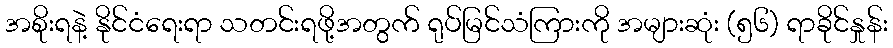
အစိုးရနဲ့ နိုင်ငံရေးရာ သတင်းရဖို့အတွက် ရုပ်မြင်သံကြားကို အများဆုံး (၅၆) ရာခိုင်နှုန်း